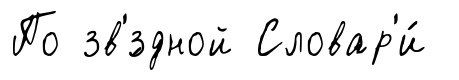
По зв'́здной Словар'и́